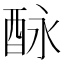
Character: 𨠕